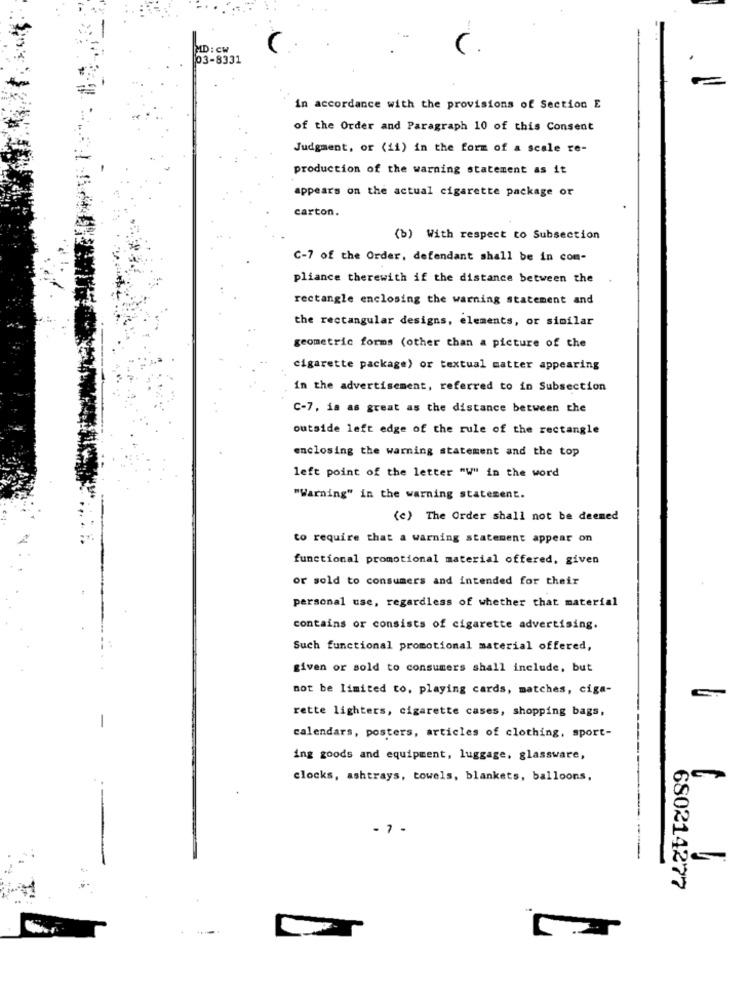
MD: CW
03-8331
in accordance with the provisions of Section E
of the Order and Paragraph 10 of this Consent
Judgment, or (ii) in the form of a scale re-
production of the warning statement as it
appears on the actual cigarette package or
carton.
(b) With respect to Subsection
C-7 of the Order, defendant shall be in com-
pliance therewith if the distance between the
rectangle enclosing the warning statement and
the rectangular designs, elements, or similar
geometric forms (other than a picture of the
cigarette package) or textual matter appearing
in the advertisement, referred to in Subsection
C-7, is as great as the distance between the
outside left edge of the rule of the rectangle
enclosing the warning statement and the top
left point of the letter "W" in the word
"Warning" in the warning statement.
(c) The Order shall not be deemed
to require that a warning statement appear on
functional promotional material offered, given
or sold to consumers and intended for their
personal use, regardless of whether that material
contains or consists of cigarette advertising.
Such functional promotional material offered,
given or sold to consumers shall include, but
not be limited to, playing cards, matches, ciga-
rette lighters, cigarette cases, shopping bags,
calendars, posters, articles of clothing, sport-
ing goods and equipment, luggage, glassware,
clocks, ashtrays, towels, blankets, balloons,
- 7 -
---
680214277